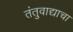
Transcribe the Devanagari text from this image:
तंतुवाद्याचा